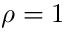
\rho = 1